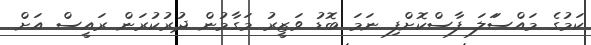
ކަމުގެ މައްސަަލަ ފާސްކޮށްފި ނަމަ ބޮޑު ވަޒީރު މަގާމުން ދުރުކުރަން ރައީސް އަށް